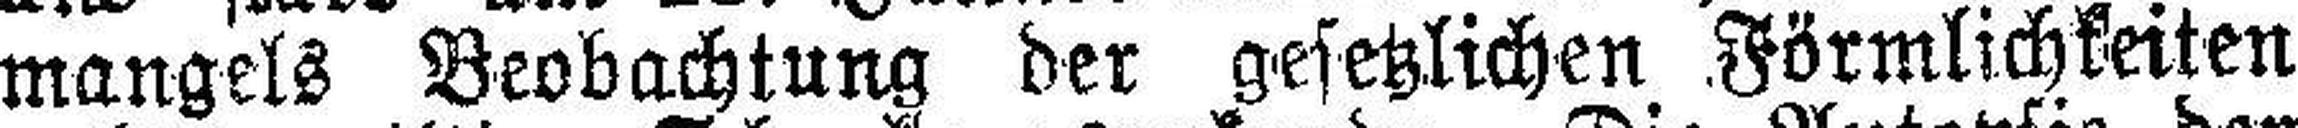
mangels Beobachtung der gesetzlichen Förmlichkeiten